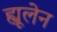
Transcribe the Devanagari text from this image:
ह्यूलेन